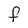
Character: F